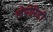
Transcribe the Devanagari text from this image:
लेपोरिडी